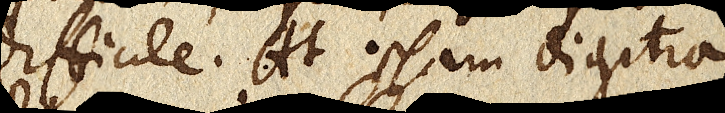
difficile. At ipsam dioptram